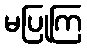
မပြုကြ